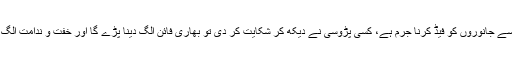
اور ہزار بار یہ خیال آنے کے باوجود بھی، کہ کینیڈا میں اس طرح سے جانوروں کو فیڈ کرنا جرم ہے، کسی پڑوسی نے دیکھ کر شکایت کر دی تو بھاری فائن الگ دینا پڑے گا اور خفت و ندامت الگ اٹھانی پڑے گی، لیکن دل کسی پر آجائے تو، عقل کی سنتا کب ہے؟